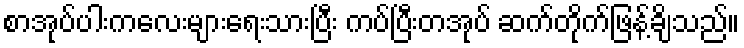
စာအုပ်ပါးကလေးများရေးသားပြီး ကပ်ပြီးတအုပ် ဆက်တိုက်ဖြန့်ချိသည်။